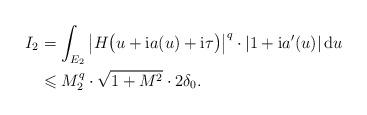
LaTeX: \begin{align*} I_2 &= \int_{E_2} \big\lvert H\big(u+\mathrm{i}a(u) +\mathrm{i}\tau\big)\big\rvert^q \cdot \lvert 1+\mathrm{i}a'(u)\rvert \,\mathrm{d}u \\ &\leqslant M_2^q\cdot \sqrt{1+M^2}\cdot 2\delta_0. \end{align*}